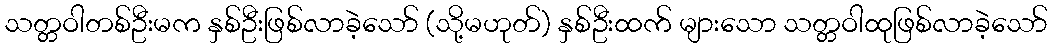
သတ္တဝါတစ်ဦးမက နှစ်ဦးဖြစ်လာခဲ့သော် (သို့မဟုတ်) နှစ်ဦးထက် များသော သတ္တဝါထုဖြစ်လာခဲ့သော်